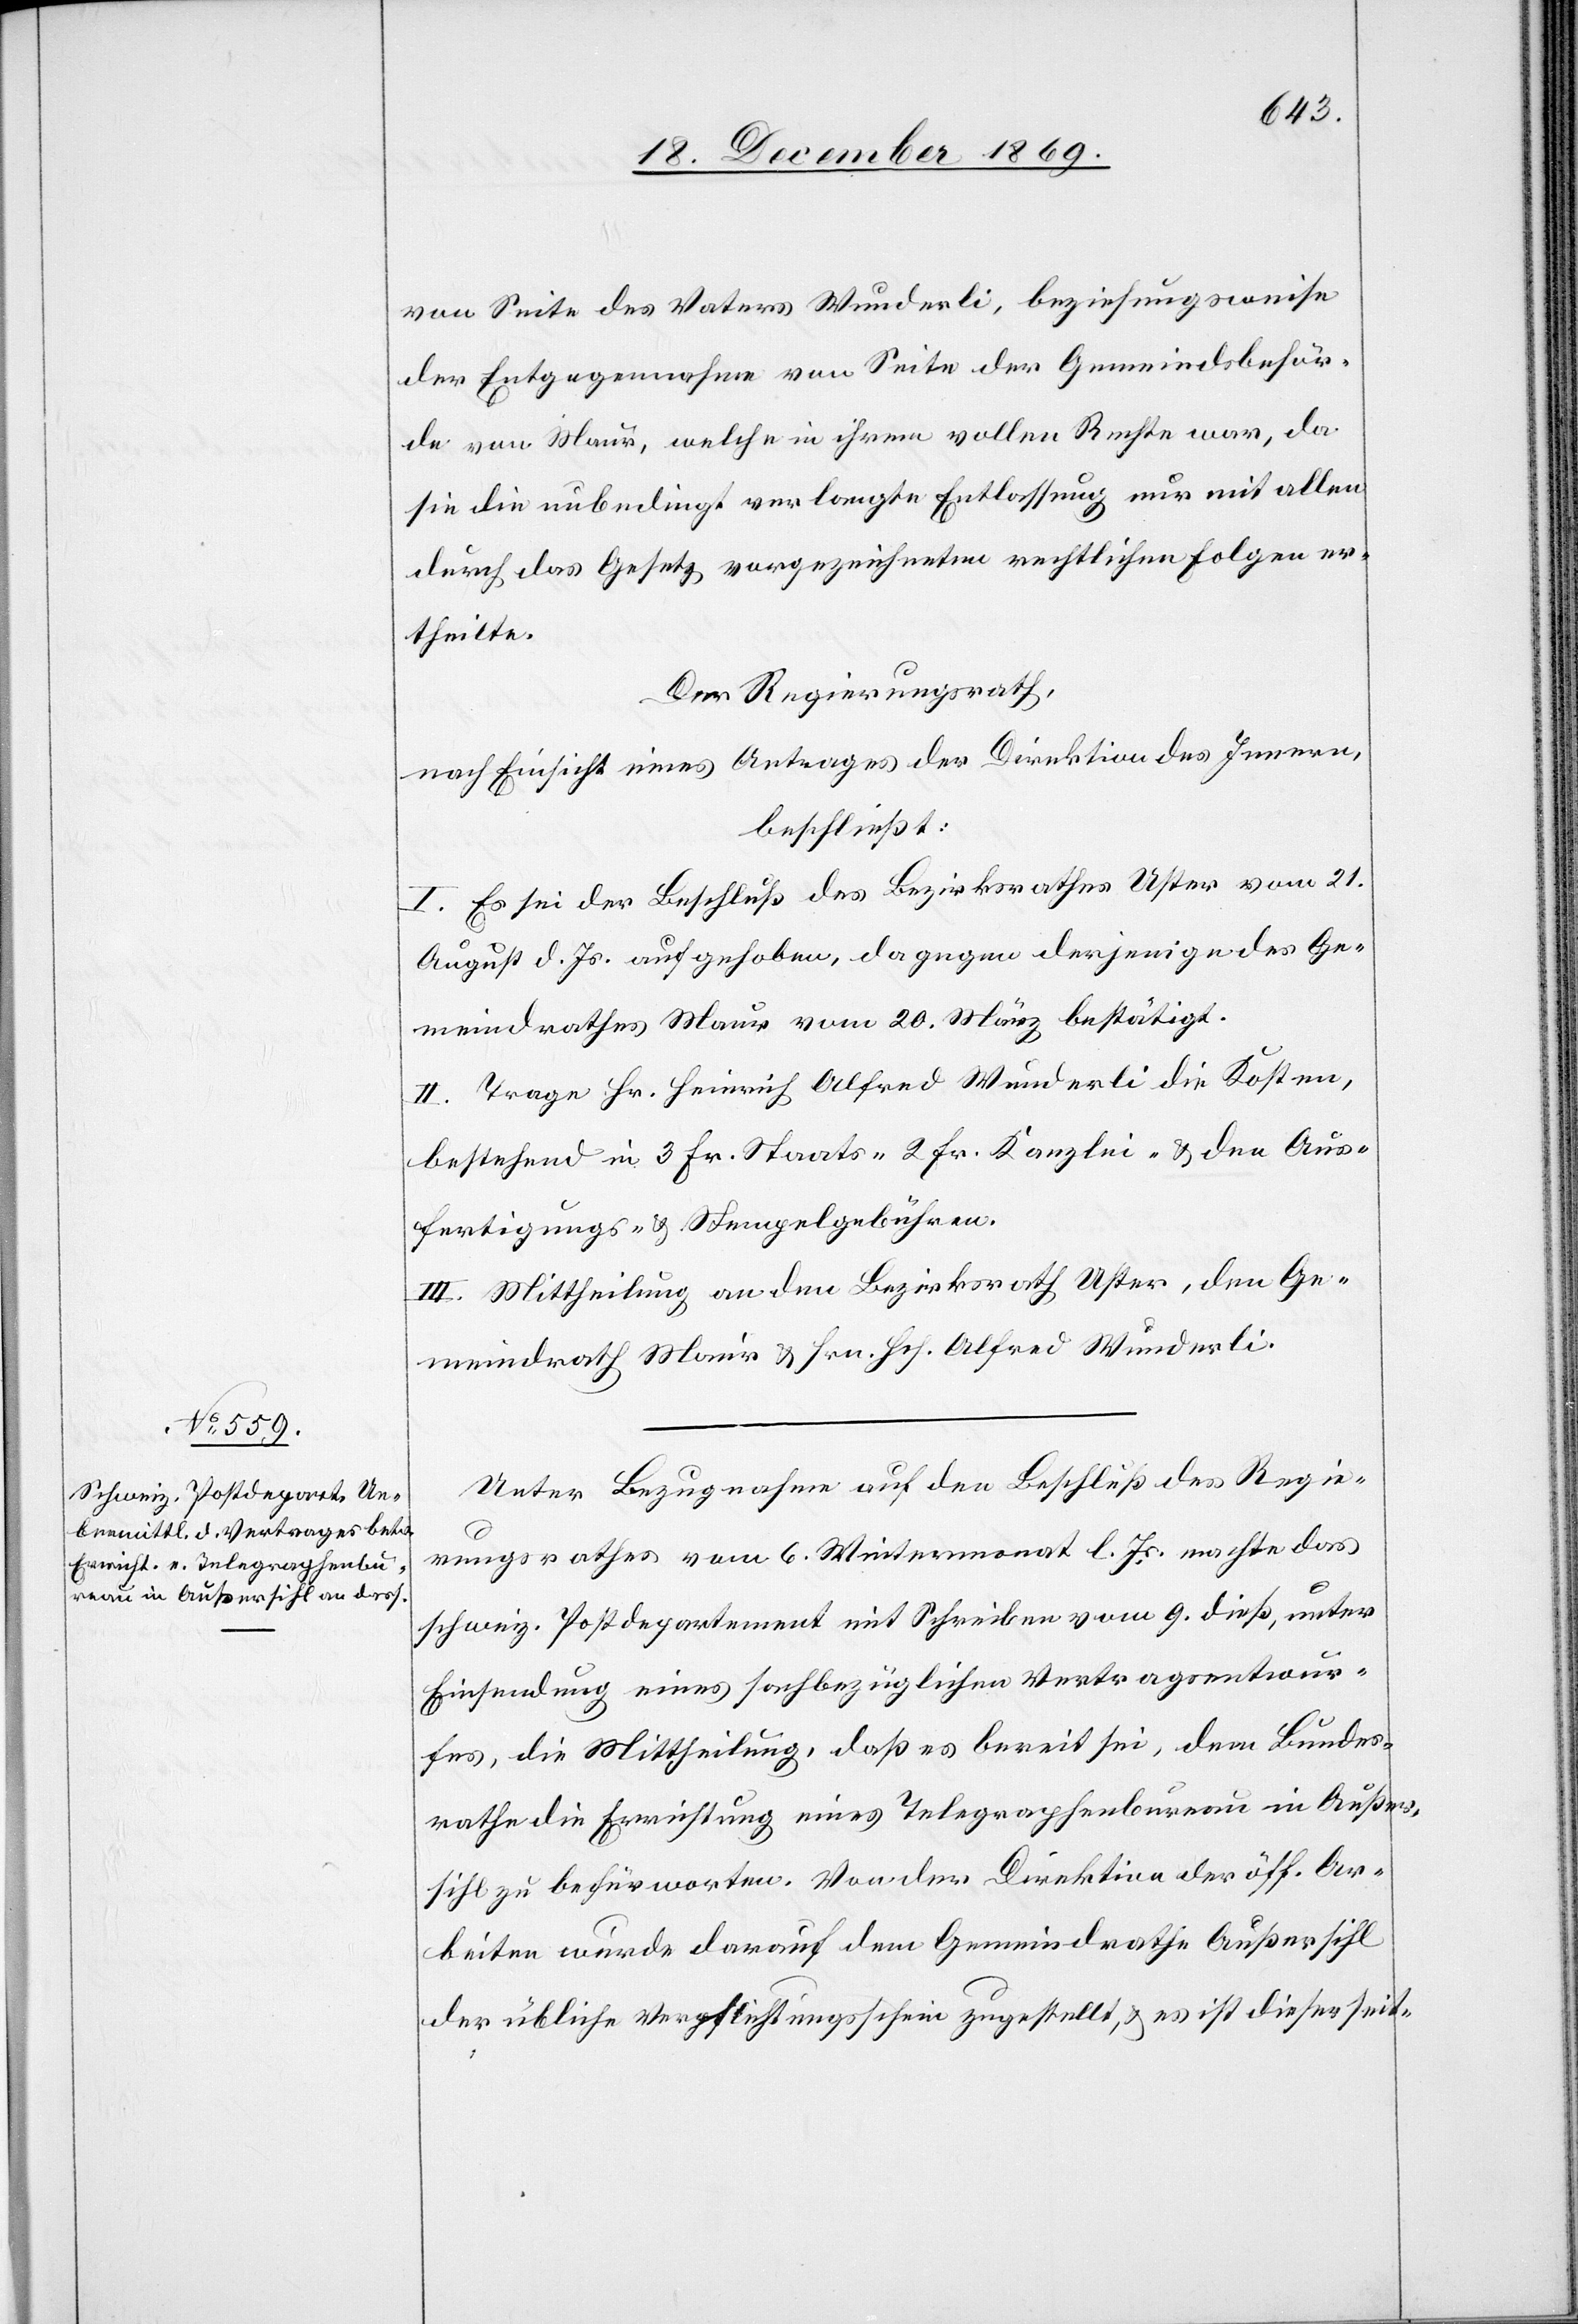
von Seite des Vaters Wunderli, beziehungsweise
der Entgegennahme von Seite der Gemeindsbehör¬
de von Maur, welche in ihrem vollen Rechte war, da
sie die unbedingt verlangte Entlassung nur mit allen
durch das Gesetz vorgezeichneten rechtlichen Folgen er¬
theilte.
Der Regierungsrath,
nach Einsicht eines Antrages der Direktion des Innern,
beschließt:
I. Es sei der Beschluß des Bezirksrathes Uster vom 21.
August d. Js. aufgehoben, dagegen derjenige des Ge¬
meindrathes Maur vom 20. März bestätigt.
II. Trage Hr. Heinrich Alfred Wunderli die Kosten,
bestehend in 3 Fr. Staats-[,] 2 Fr. Kanzlei- & den Aus¬
fertigungs- & Stempelgebühren.
III. Mittheilung an den Bezirksrath Uster, den Ge¬
meindrath Maur & Hrn. Hch. Alfred Wunderli.
Unter Bezugnahme auf den Beschluß des Regie¬
rungsrathes vom 6. Wintermonat l. Js. machte das
schweiz. Postdepartement mit Schreiben vom 9. dieß, unter
Einsendung eines sachbezüglichen Vertragsentwur¬
fes, die Mittheilung, daß es bereit sei, dem Bundes¬
rathe die Errichtung eines Telegraphenbureau in Außer¬
sihl zu befürworten. Von der Direktion der öff. Ar¬
beiten wurde darauf dem Gemeindrathe Außersihl
der übliche Verpflichtungsschein zugestellt, & es ist dieser seit-